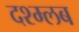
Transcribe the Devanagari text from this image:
दश्म्लब